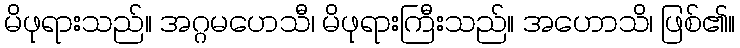
မိဖုရားသည်။ အဂ္ဂမဟေသီ၊ မိဖုရားကြီးသည်။ အဟောသိ၊ ဖြစ်၏။